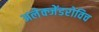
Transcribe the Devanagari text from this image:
अलेक्जेंडरोविच